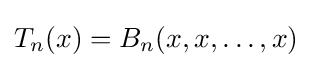
T_{n}(x)=B_{n}(x,x,\dots ,x)